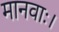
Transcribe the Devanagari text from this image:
मानवाः।